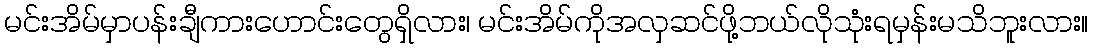
မင်းအိမ်မှာပန်းချီကားဟောင်းတွေရှိလား၊ မင်းအိမ်ကိုအလှဆင်ဖို့ဘယ်လိုသုံးရမှန်းမသိဘူးလား။